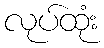
လုပ်ထုံး